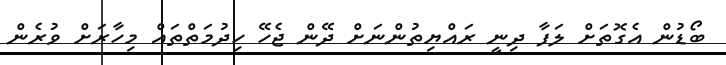
ބޯޑުން އެގޮތަށް ލަފާ ދިނީ ރައްޔިތުންނަށް ދޭން ޖެހޭ ހިދުމަތްތައް މިހާރަށް ވުރެން